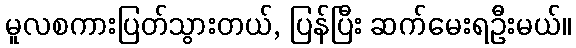
မူလစကားပြတ်သွားတယ်, ပြန်ပြီး ဆက်မေးရဦးမယ်။